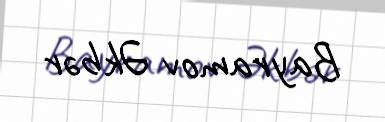
Bayramov Əkbər